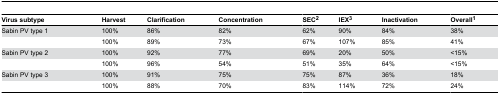
| Virus subtype | Harvest | Clarification | Concentration | SEC2 | IEX3 | Inactivation | Overall1 |
 | --- | --- | --- | --- | --- | --- | --- | --- |
 | Sabin PV type 1 | 100% | 86% | 82% | 62% | 90% | 84% | 38% |
 |  | 100% | 89% | 73% | 67% | 107% | 85% | 41% |
 | Sabin PV type 2 | 100% | 92% | 77% | 69% | 20% | 50% | <15% |
 |  | 100% | 96% | 54% | 51% | 35% | 64% | <15% |
 | Sabin PV type 3 | 100% | 91% | 75% | 75% | 87% | 36% | 18% |
 |  | 100% | 88% | 70% | 83% | 114% | 72% | 24% |